Vaccination in Bombay 1856-1862 - 1856-1862
Year: 1856
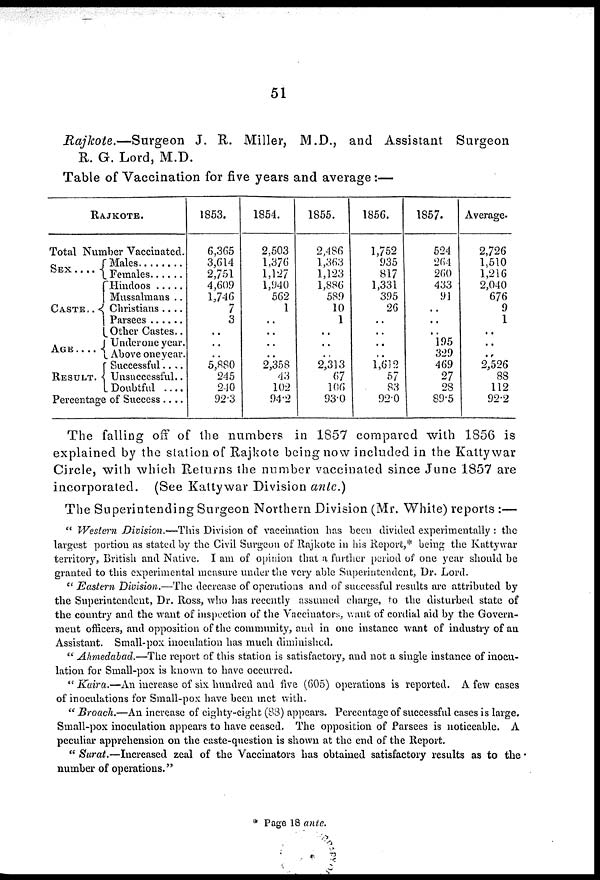
51
Rajkote.—Surgeon
J. R. Miller, M.D., and Assistant
Surgeon
R. G. Lord, M.D.
Table of Vaccination for five years and average :—
RAJKOTE.
Total Number Vaccinated.
SEX . . . .
CASTE . . .
AGE.
RESULT . .
Males . . . . .
Females . . . .
Hindoos . .. .
Mussalmans . ..
Christians . . . .
Parsees . . . .
Other Castes. .
Underone year.
Above one year.
Successful . . .
Unsuccessful . .
Doubtful . . . .
Percentage of Success . . .
1853.
6,365
3,614
2,751
4,609
1,746
7
3
..
..
..
5,880
245
240
923
1854.
2,503
1,376
1,127
1,940
562
1
..
..
..
..
2,358
43
102
94.2
1855.
2,486
1,363
1,123
1,886
589
10
1
..
..
..
2,313
67
106
93.0
1856.
1,752
935
817
1,331
395
26
..
..
..
..
1,612
57
83
92.0
1857.
524
264
260
433
91
..
..
..
195
329
469
27
28
89.5
Average.
2,726
1,510
1,216
2,040
676
9
1
..
..
..
2,526
88
112
92.2
The falling off of the numbers in 1857 compared with 1856 is
explained by the station of Rajkote being now included in the Kattywar
Circle, with which Returns the number vaccinated since June 1857 are
incorporated.
(See Kattywar Division ante.)
The Superintending Surgeon Northern Division (Mr. White) reports :—
" Western Division.—This Division of vaccination has been divided experimentally : the
largest portion as stated by the Civil Surgeon of Rajkote in his Report,* being the Kattywar
territory, British and Native. I am of opinion that a further period of one year should be
granted to this experimental measure under the very able Superintendent, Dr. Lord.
" Eastern Division.—The decrease of operations and of successful results are attributed by
the Superintendent, Dr. Ross, who has recently assumed charge, to the disturbed state of
the country and the want of inspection of the Vaccinators, want of cordial aid by the Govern-
ment officers, and opposition of the community, and in one instance want of industry of an
Assistant. Small-pox inoculation has much diminished.
" Ahmedabad.—The report of this station is satisfactory, and not a single instance of inocu-
lation for Small-pox is known to have occurred.
" Kaira.—An increase of six hundred and five (605) operations is reported. A few cases
of inoculations for Small-pox have been met with.
" Broach.—An increase of eighty-eight (88) appears. Percentage of successful cases is large.
Small-pox inoculation appears to have ceased. The opposition of Parsees is noticeable. A
peculiar apprehension on the caste-question is shown at the end of the Report.
" Surat.—Increased
zeal of the Vaccinators has obtained satisfactory results as to the
number of operations."
* Page 18 ante.